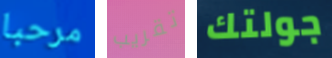
مرحبا تقريب جولتك